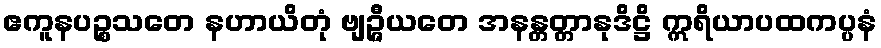
ဧကူနပဉ္စသတေ နဟာယိတုံ ဗျဉ္ဇီယတေ အနန္တတ္တာနုဒိဋ္ဌိ ဣရိယာပထကပ္ပနံ